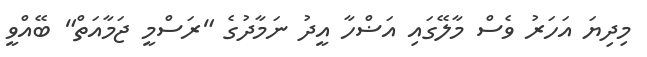
މިދިޔަ އަހަރު ވެސް މާލޭގައި އަޟްހާ އީދު ނަމާދުގެ "ރަސްމީ ޖަމާއަތް" ބޭއްވީ